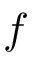
f